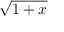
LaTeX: \sqrt { 1 + x }